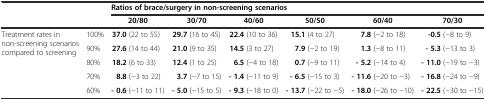
<table><thead><tr><td colspan="2"></td><td colspan="6"><b>Ratios of brace/surgery in non-screening scenarios</b></td></tr><tr><td></td><td></td><td><b>20/80</b></td><td><b>30/70</b></td><td><b>40/60</b></td><td><b>50/50</b></td><td><b>60/40</b></td><td><b>70/30</b></td></tr></thead><tbody><tr><td rowspan="5">Treatment rates in non-screening scenarios compared to screening</td><td>100%</td><td><b>37.0</b> (22 to 55)</td><td><b>29.7</b> (16 to 45)</td><td><b>22.4</b> (10 to 36)</td><td><b>15.1</b> (4 to 27)</td><td><b>7.8</b> (−2 to 18)</td><td><b>-0.5</b> (−8 to 9)</td></tr><tr><td>90%</td><td><b>27.6</b> (14 to 44)</td><td><b>21.0</b> (9 to 35)</td><td><b>14.5</b> (3 to 27)</td><td><b>7.9</b> (−2 to 19)</td><td><b>1.3</b> (−8 to 11)</td><td><b>- 5.3</b> (−13 to 3)</td></tr><tr><td>80%</td><td><b>18.2</b> (6 to 33)</td><td><b>12.4</b> (1 to 25)</td><td><b>6.5</b> (−4 to 18)</td><td><b>0.7</b> (−9 to 11)</td><td><b>- 5.2</b> (−14 to 4)</td><td><b>- 11.0</b> (−19 to −3)</td></tr><tr><td>70%</td><td><b>8.8</b> (−3 to 22)</td><td><b>3.7</b> (−7 to 15)</td><td><b>- 1.4</b> (−11 to 9)</td><td><b>- 6.5</b> (−15 to 3)</td><td><b>- 11.6</b> (−20 to −3)</td><td><b>- 16.8</b> (−24 to −9)</td></tr><tr><td>60%</td><td><b>- 0.6</b> (−11 to 11)</td><td><b>- 5.0</b> (−15 to 5)</td><td><b>- 9.3</b> (−18 to 0)</td><td><b>- 13.7</b> (−22 to −5)</td><td><b>- 18.0</b> (−26 to −10)</td><td><b>- 22.5</b> (−30 to −15)</td></tr></tbody></table>